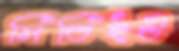
সিডিইউ